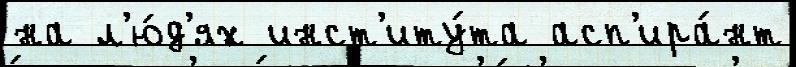
на л'ю́д'ях инст'иту́та асп'ира́нт